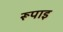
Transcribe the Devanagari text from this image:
रूपाइ